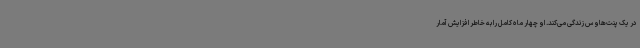
در یک پنت‌هاوس زندگی می‌کند. او چهار ماه کامل را به خاطر افزایش آمار